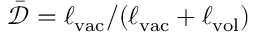
\bar { \mathcal { D } } = \ell _ { \mathrm { v a c } } / ( \ell _ { \mathrm { v a c } } + \ell _ { \mathrm { v o l } } )